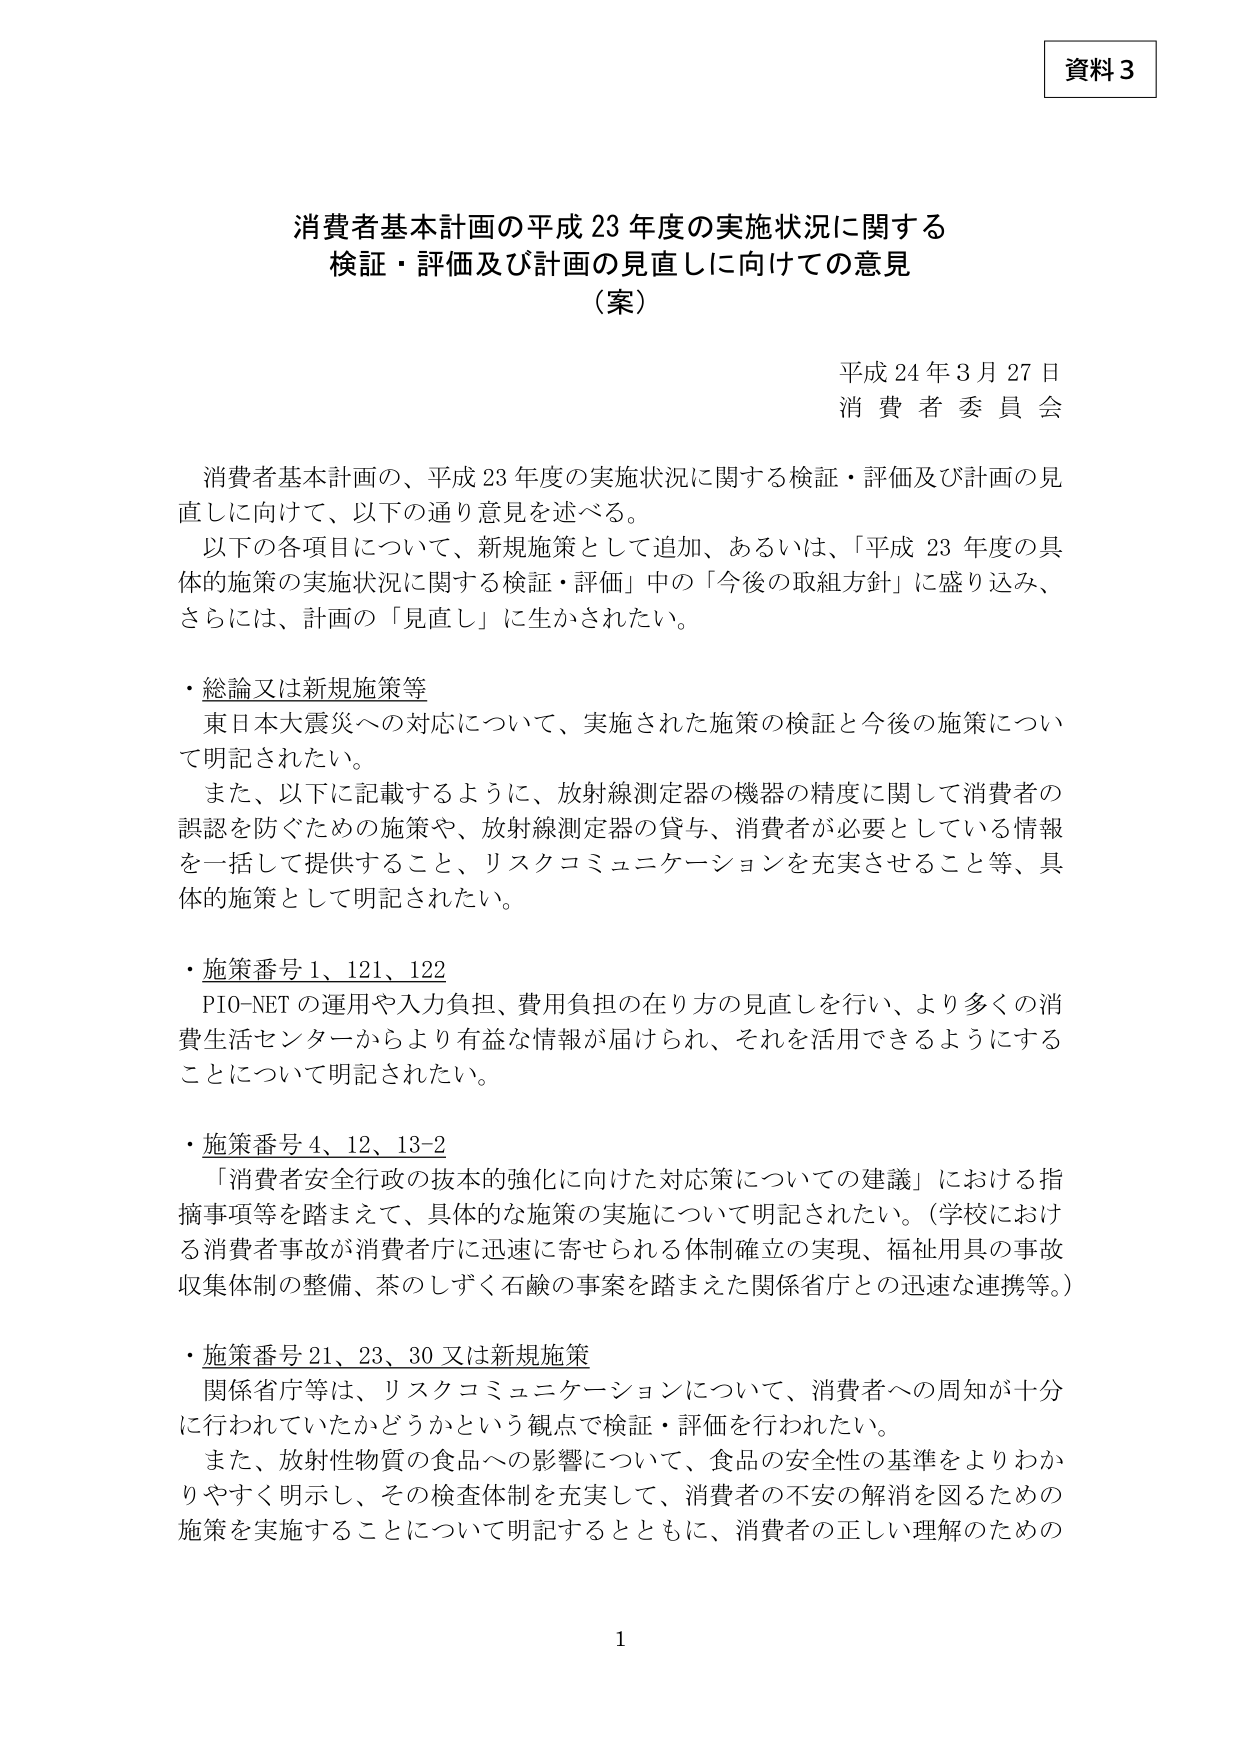
資料3

消費者基本計画の平成23年度の実施状況に関する
検証・評価及び計画の見直しに向けての意見
（案）

平成24年3月27日
消費者委員会

消費者基本計画の、平成23年度の実施状況に関する検証・評価及び計画の見
直しに向けて、以下の通り意見を述べる。
以下の各項目について、新規施策として追加、あるいは、「平成23年度の具
体的施策の実施状況に関する検証・評価」中の「今後の取組方針」に盛り込み、
さらには、計画の「見直し」に生かされたい。

・総論又は新規施策等
東日本大震災への対応について、実施された施策の検証と今後の施策につい
て明記されたい。
また、以下に記載するように、放射線測定器の機器の精度に関して消費者の
誤認を防ぐための施策や、放射線測定器の貸与、消費者が必要としている情報
を一括して提供すること、リスクコミュニケーションを充実させること等、具
体的施策として明記されたい。

・施策番号1、121、122
P10-NETの運用や入力負担、費用負担の在り方の見直しを行い、より多くの消
費生活センターからより有益な情報が届けられ、それを活用できるようにする
ことについて明記されたい。

・施策番号4、12、13-2
「消費者安全行政の抜本的強化に向けた対応策についての建議」における指
摘事項等を踏まえて、具体的な施策の実施について明記されたい。（学校におけ
る消費者事故が消費者庁に迅速に寄せられる体制確立の実現、福祉用具の事故
収集体制の整備、茶のしずく石鹸の事案を踏まえた関係省庁との迅速な連携等。）

・施策番号21、23、30又は新規施策
関係省庁等は、リスクコミュニケーションについて、消費者への周知が十分
に行われていたかどうかという観点で検証・評価を行われたい。
また、放射性物質の食品への影響について、食品の安全性の基準をよりわか
りやすく明示し、その検査体制を充実して、消費者の不安の解消を図るための
施策を実施することについて明記するとともに、消費者の正しい理解のための

1